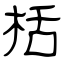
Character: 栝